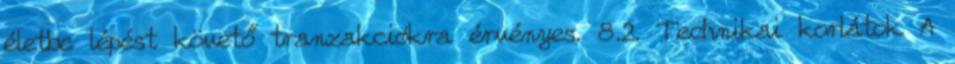
életbe lépést követő tranzakciókra érvényes. 8.2. Technikai korlátok A